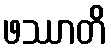
ဖဿာတိ